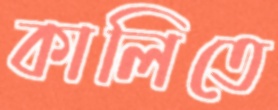
কালিতে